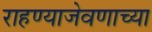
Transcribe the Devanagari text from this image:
राहण्याजेवणाच्या